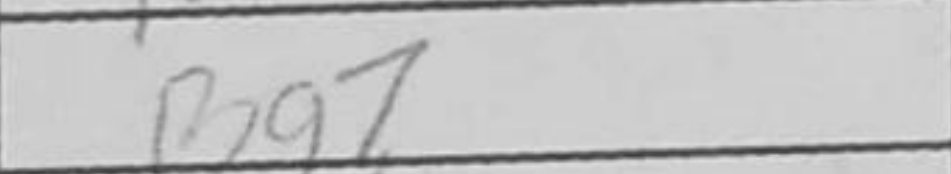
Transcription: Bg7